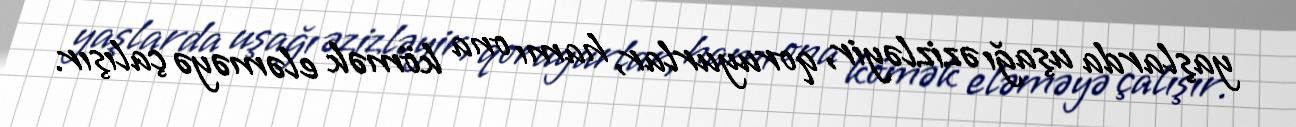
yaşlarda uşağı əzizləyir, qoruyurlar, hamı ona kömək eləməyə çalışır.